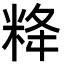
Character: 𥹪